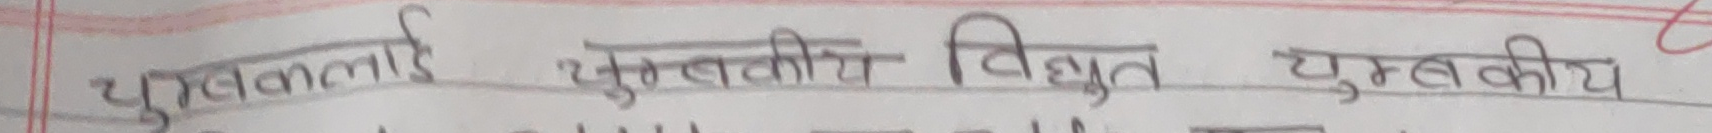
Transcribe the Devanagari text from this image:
चुम्बकत्वई चुम्बकीय विद्युत चुम्बकीय